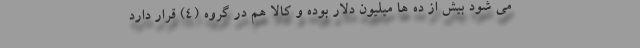
می شود بیش از ده ها میلیون دلار بوده و کالا هم در گروه (۴) قرار دارد